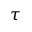
\tau